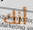
أنك